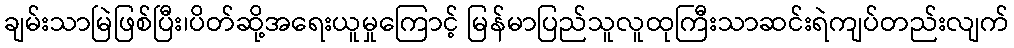
ချမ်းသာမြဲဖြစ်ပြီး၊ပိတ်ဆို့အရေးယူမှုကြောင့် မြန်မာပြည်သူလူထုကြီးသာဆင်းရဲကျပ်တည်းလျက်